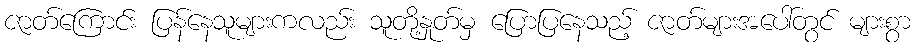
ဇာတ်ကြောင်း ပြန်နေသူများကလည်း သူတို့နှုတ်မှ ပြောပြနေသည့် ဇာတ်များအပေါ်တွင် များစွာ